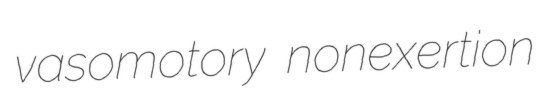
vasomotory nonexertion